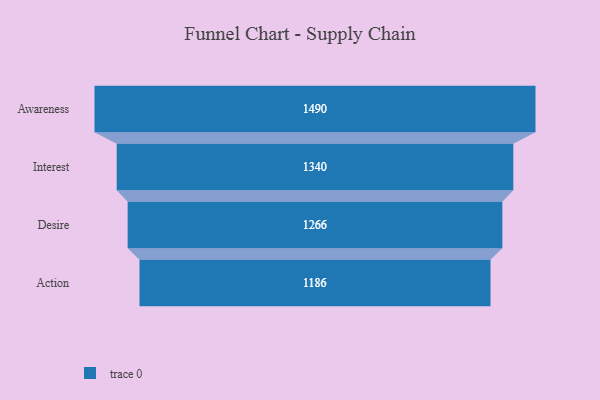
{"axis": {"x": "Stage", "y": "Value"}, "legend": [""], "data": [{"x": "Awareness", "y": 1490.0, "type": ""}, {"x": "Interest", "y": 1340.0, "type": ""}, {"x": "Desire", "y": 1266.0, "type": ""}, {"x": "Action", "y": 1186.0, "type": ""}]}